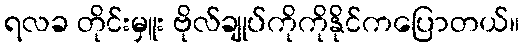
ရလခ တိုင်းမှူး ဗိုလ်ချုပ်ကိုကိုနိုင်ကပြောတယ်။